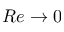
R e \rightarrow 0